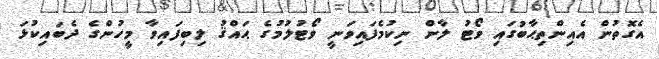
އެގޮތުން އެއިންތިޙާބުގައި ވޯޓު ލާން ނިކުމެފައިވަނީ ވޯޓުލުމުގެ ޙައްޤު ލިބިފައިވާ މީހުންގެ ދެބައިކުޅަ